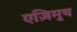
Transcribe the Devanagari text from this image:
एज़िमुथ